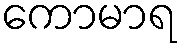
ကောမာရ